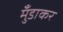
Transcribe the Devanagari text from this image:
मुँडाकर